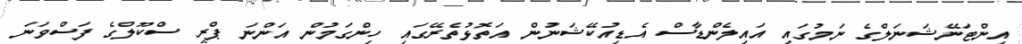
އިންޓަނޭޝަނަލްގެ ނަމުގައި އައިލެންޑާސް އެޑިއުކޭޝަނުން އަތޮޅުތެރޭގައި ހިންގަމުން އަންނަ ޕްރީ ސްކޫލްގެ ފަސްވަނަ